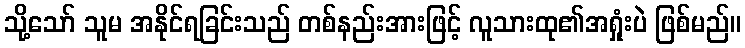
သို့သော် သူမ အနိုင်ရခြင်းသည် တစ်နည်းအားဖြင့် လူသားထု၏အရှုံးပဲ ဖြစ်မည်။